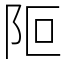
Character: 𨸭